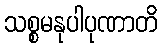
သစ္စမနုပါပုဏာတိ